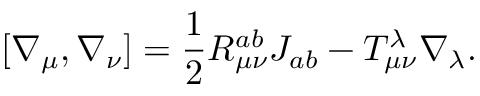
[ \nabla _ { \mu } , \nabla _ { \nu } ] = \frac { 1 } { 2 } R _ { \mu \nu } ^ { a b } J _ { a b } - T _ { \mu \nu } ^ { \lambda } \nabla _ { \lambda } .